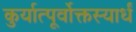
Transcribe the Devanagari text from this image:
कुर्यात्पूर्वोक्तस्यार्धं